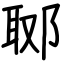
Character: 郰